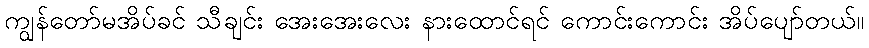
ကျွန်တော်မအိပ်ခင် သီချင်း အေးအေးလေး နားထောင်ရင် ကောင်းကောင်း အိပ်ပျော်တယ်။